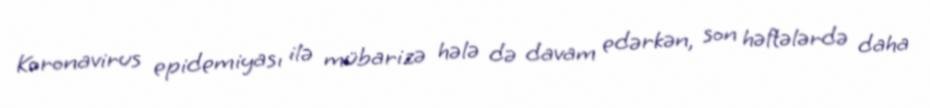
Koronavirus epidemiyası ilə mübarizə hələ də davam edərkən, son həftələrdə daha